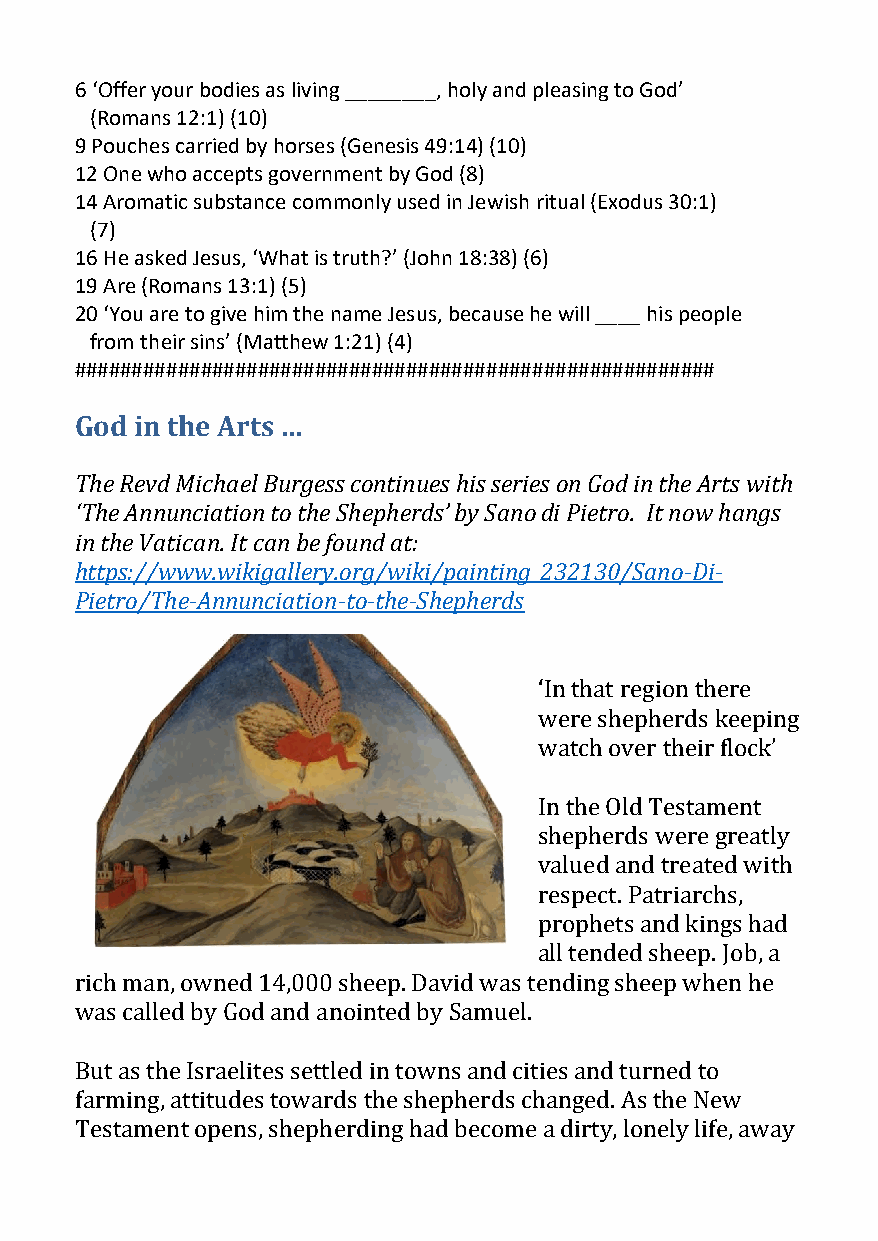
6 ‘Offer your bodies as living ________, holy and pleasing to God’
 (Romans 12:1) (10)
 9 Pouches carried by horses (Genesis 49:14) (10)
 12 One who accepts government by God (8)
 14 Aromatic substance commonly used in Jewish ritual (Exodus 30:1)
 (7)
 16 He asked Jesus, ‘What is truth?’ (John 18:38) (6)
 19 Are (Romans 13:1) (5)
 20 ‘You are to give him the name Jesus, because he will ____ his people
 from their sins’ (Matthew 1:21) (4)
 ########################################################
 God in the Arts …
 The Revd Michael Burgess continues his series on God in the Arts with
 ‘The Annunciation to the Shepherds’ by Sano di Pietro. It now hangs
 in the Vatican. It can be found at:
 https://www.wikigallery.org/wiki/painting_232130/Sano-Di-
 Pietro/The-Annunciation-to-the-Shepherds
 ‘In that region there
 were shepherds keeping
 watch over their flock’
 In the Old Testament
 shepherds were greatly
 valued and treated with
 respect. Patriarchs,
 prophets and kings had
 all tended sheep. Job, a
 rich man, owned 14,000 sheep. David was tending sheep when he
 was called by God and anointed by Samuel.
 But as the Israelites settled in towns and cities and turned to
 farming, attitudes towards the shepherds changed. As the New
 Testament opens, shepherding had become a dirty, lonely life, away